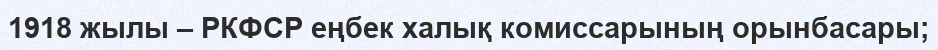
1918 жылы – РКФСР еңбек халық комиссарының орынбасары;